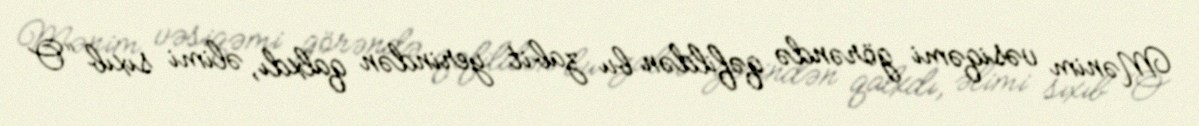
Mənim vəsiqəmi görəndə qəfildən bu zabit yerindən qalxdı, əlimi sıxıb “O